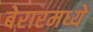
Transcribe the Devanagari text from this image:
बेरारमध्ये